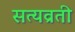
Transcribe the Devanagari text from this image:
सत्यव्रती